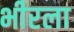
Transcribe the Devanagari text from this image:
भीरला